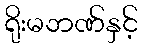
ရိုးမဘဏ်နှင့်